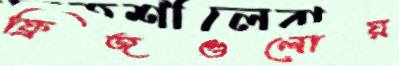
ফ্রিজগুলোয়